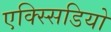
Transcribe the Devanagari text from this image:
एक्स्सिडियो